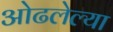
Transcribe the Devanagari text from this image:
ओढलेल्या